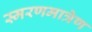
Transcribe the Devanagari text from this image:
स्मरणमात्रेण